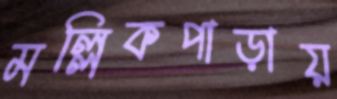
মল্লিকপাড়ায়